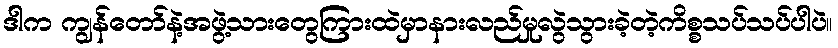
ဒါက ကျွန်တော်နဲ့အဖွဲ့သားတွေကြားထဲမှာနားလည်မှုလွဲသွားခဲ့တဲ့ကိစ္စသပ်သပ်ပါပဲ။